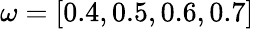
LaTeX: \omega=[0.4,0.5,0.6,0.7]